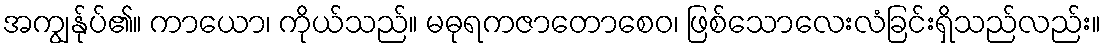
အကျွန်ုပ်၏။ ကာယော၊ ကိုယ်သည်။ မဓုရကဇာတောစေဝ၊ ဖြစ်သောလေးလံခြင်းရှိသည်လည်း။